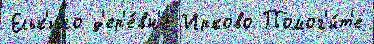
Ельк'ино д'ер'е́вн'е Ирково Помог'и́т'е